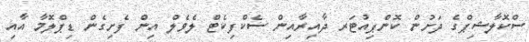
ސްކޮލާޝިޕްގެ ދަށުން ކޮންޕިއުޓަރ ދާއިރާއިން ސެކްފިކެޓް ލެވެލް އިން ފެށިގެން ޑިޕްލޮމާ އާއި